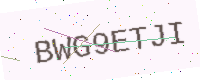
Text: BWG9ETJI